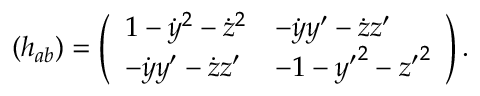
( h _ { a b } ) = \left( \begin{array} { l l } { { 1 - \dot { y } ^ { 2 } - \dot { z } ^ { 2 } } } & { { - \dot { y } y ^ { \prime } - \dot { z } z ^ { \prime } } } \\ { { - \dot { y } y ^ { \prime } - \dot { z } z ^ { \prime } } } & { { - 1 - { y ^ { \prime } } ^ { 2 } - { z ^ { \prime } } ^ { 2 } } } \end{array} \right) .